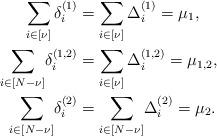
LaTeX: \begin{align*}\begin{aligned}\sum_{i\in [\nu]}\delta_i^{(1)}&=\sum_{i\in [\nu]}\Delta_i^{(1)}=\mu_1,\\\sum_{i\in [N-\nu]}\!\delta_i^{(1,2)}&=\sum_{i\in [\nu]}\Delta_i^{(1,2)}=\mu_{1,2},\\\sum_{i\in [N-\nu]}\!\delta_i^{(2)}&=\sum_{i\in [N-\nu]}\!\Delta_i^{(2)}=\mu_2.\end{aligned}\end{align*}